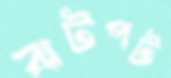
ঝটপট